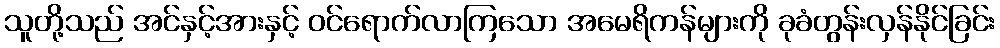
သူတို့သည် အင်နှင့်အားနှင့် ဝင်ရောက်လာကြသော အမေရိကန်များကို ခုခံတွန်းလှန်နိုင်ခြင်း